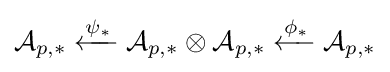
{\mathcal {A}}_{p,*}\xleftarrow {\psi _{*}} {\mathcal {A}}_{p,*}\otimes {\mathcal {A}}_{p,*}\xleftarrow {\phi _{*}} {\mathcal {A}}_{p,*}